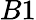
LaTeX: B1